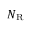
N _ { \mathrm { R } }